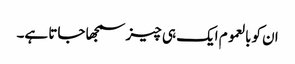
ان کوبالعموم ایک ہی چیز سمجھا جاتا ہے۔